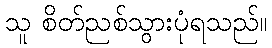
သူ စိတ်ညစ်သွားပုံရသည်။